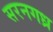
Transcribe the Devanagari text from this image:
सरनगध्र